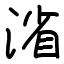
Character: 渻